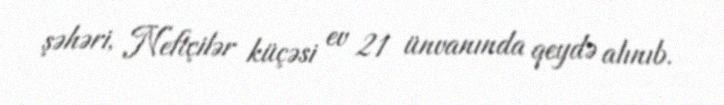
şəhəri, Neftçilər küçəsi ev 21 ünvanında qeydə alınıb.